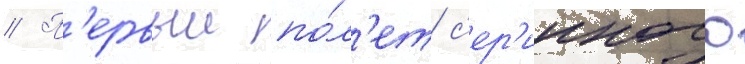
// П'ервыи по́л'ет с'ер'ииного